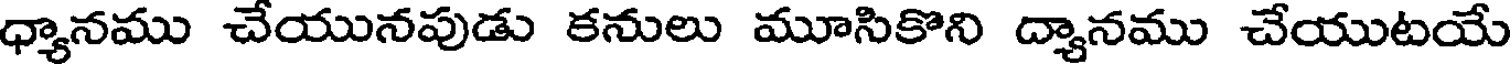
ధ్యానము చేయునపుడు కనులు మూసికొని ద్యానము చేయుటయే